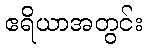
ဧရိယာအတွင်း